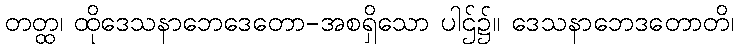
တတ္ထ၊ ထိုဒေသနာဘေဒေတော-အစရှိသော ပါဌ်၌။ ဒေသနာဘေဒတောတိ၊